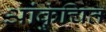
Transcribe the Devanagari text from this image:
आंकुंचित